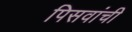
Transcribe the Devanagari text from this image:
पिसवांची